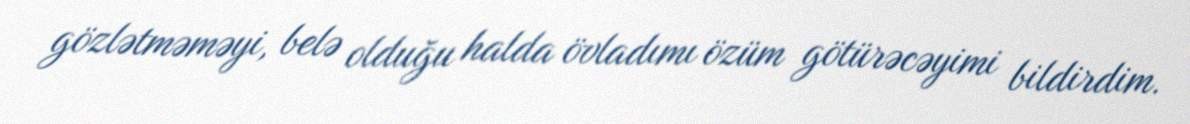
gözlətməməyi, belə olduğu halda övladımı özüm götürəcəyimi bildirdim.